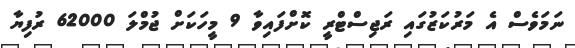
ނަމަވެސް އެ މަރުކަޒުގައި ރަޖިސްޓްރީ ކޮށްފައިވާ 9 މީހަކަށް ޖުމްލަ 62000 ރުފިޔާ